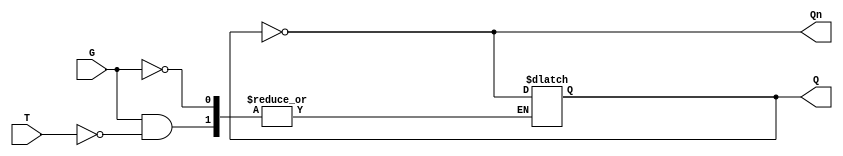
module Gated_T_Latch (
    input wire T,   // Toggle input
    input wire G,   // Gate signal
    output reg Q,   // Output
    output wire Qn  // Complement of output
);

    assign Qn = ~Q; // Complement output

    always @ (G or T) begin
        if (G) begin
            if (T) begin
                Q <= ~Q; // Toggle state when T is high
            end
            // If T is low, Q remains unchanged
        end
        // If G is low, Q remains unchanged
    end

endmodule